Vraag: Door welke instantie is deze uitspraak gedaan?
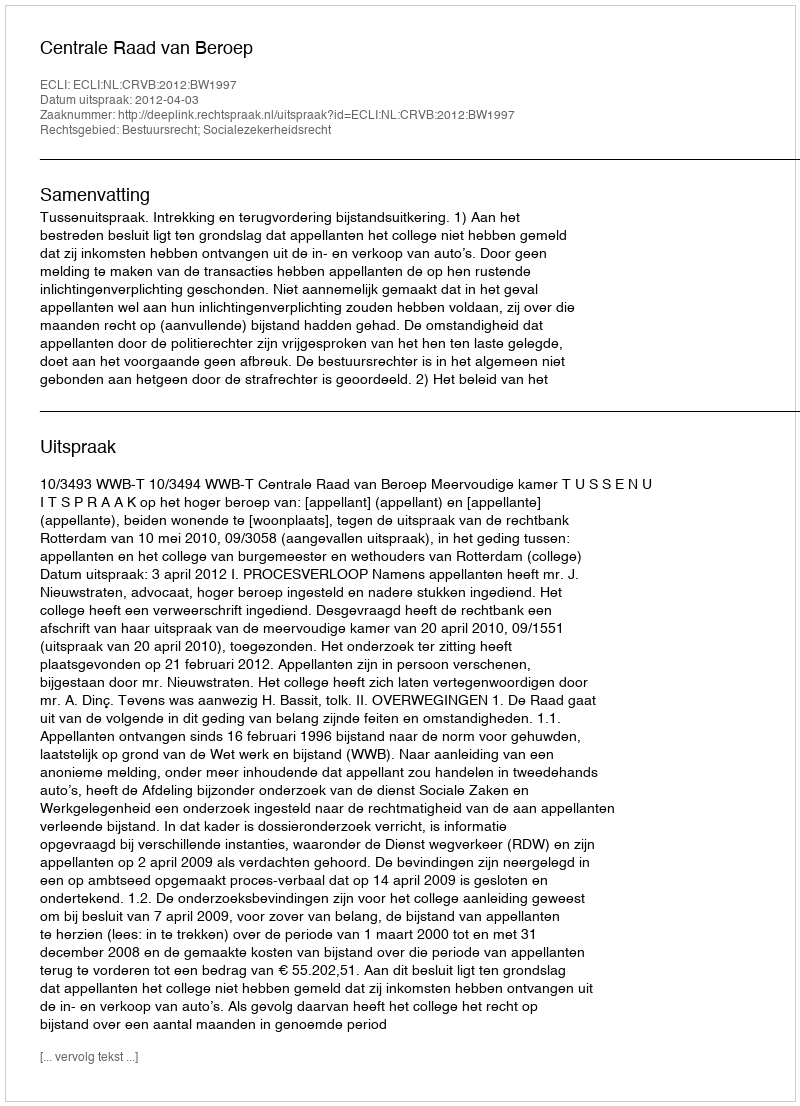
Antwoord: Centrale Raad van Beroep